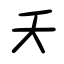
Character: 夭